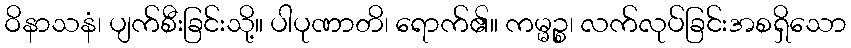
ဝိနာသနံ၊ ပျက်စီးခြင်းသို့။ ပါပုဏာတိ၊ ရောက်၏။ ကမ္မဉ္စ၊ လက်လုပ်ခြင်းအစရှိသော